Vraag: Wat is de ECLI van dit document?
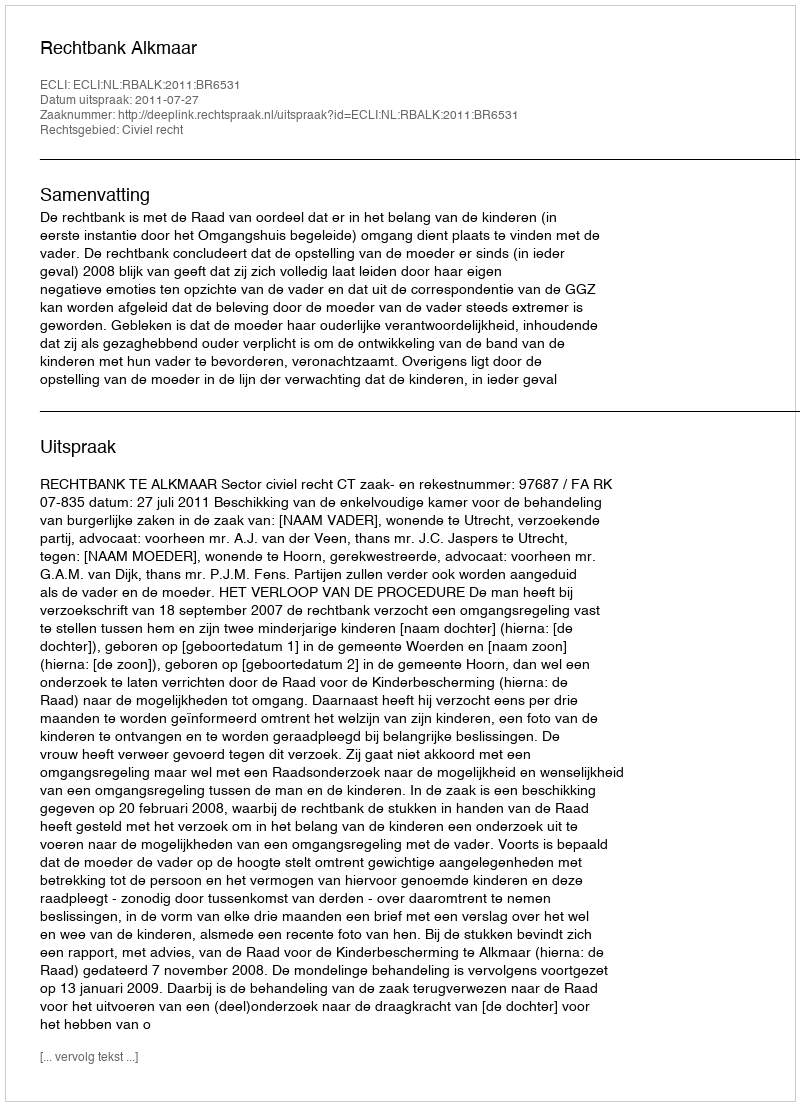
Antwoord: ECLI:NL:RBALK:2011:BR6531